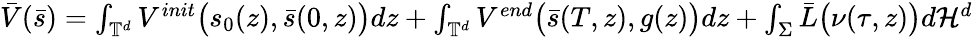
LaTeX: \begin{array}{r}{\bar{V}(\bar{s})=\int_{\mathbb{T}^{d}}V^{init}\big({s}_{0}(z),\bar{s}(0,z)\big)dz+\int_{\mathbb{T}^{d}}V^{end}\big(\bar{s}(T,z),g(z)\big)dz+\int_{\Sigma}\bar{L}\big(\nu(\tau,z)\big)d\mathcal{H}^{d}}\end{array}